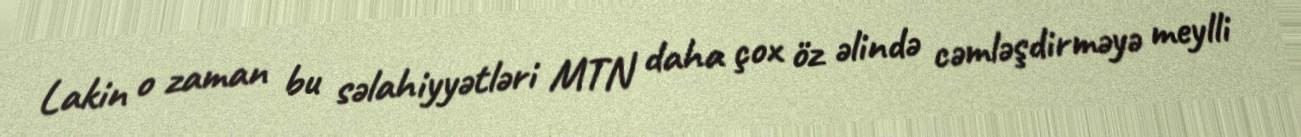
Lakin o zaman bu səlahiyyətləri MTN daha çox öz əlində cəmləşdirməyə meylli